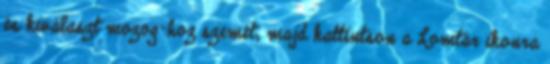
és kiválaszt mozog-hoz szemét, majd kattintson a Lomtár ikonra